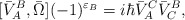
\begin{align*}[\bar{V}^B_A,\bar{\Omega}](-1)^{\varepsilon_B}=i\hbar\bar{V}^C_A\bar{V}^B_C,\end{align*}